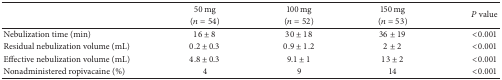
| <ROWSPAN=2>  | 50 mg | 100 mg | 150 mg | <ROWSPAN=2> P value |
 | (n = 54) | (n = 52) | (n = 53) |
 | --- | --- | --- | --- | --- |
 | Nebulization time (min) | 16 ± 8 | 30 ± 18 | 36 ± 19 | <0.001 |
 | Residual nebulization volume (mL) | 0.2 ± 0.3 | 0.9 ± 1.2 | 2 ± 2 | <0.001 |
 | Effective nebulization volume (mL) | 4.8 ± 0.3 | 9.1 ± 1 | 13 ± 2 | <0.001 |
 | Nonadministered ropivacaine (%) | 4 | 9 | 14 | <0.001 |